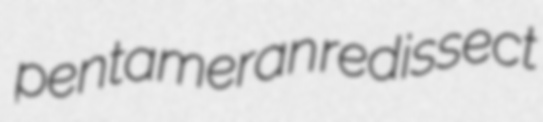
pentameran redissect